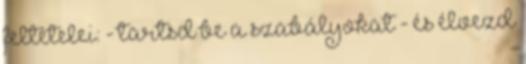
feltételei: - tartsd be a szabályokat - és élvezd